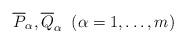
LaTeX: \begin{align*}\overline{P}_\alpha,\overline{Q}_\alpha \;\; (\alpha = 1,\dots, m)\end{align*}